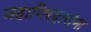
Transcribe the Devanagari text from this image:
जहागिरदारांना